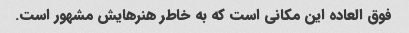
فوق العاده این مکانی است که به خاطر هنرهایش مشهور است.